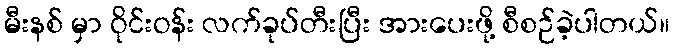
မီးနစ် မှာ ဝိုင်းဝန်း လက်ခုပ်တီးပြီး အားပေးဖို့ စီစဉ်ခဲ့ပါတယ်။